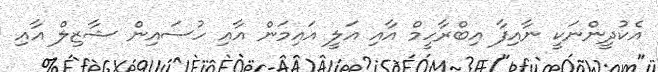
އެކުދީންނަކީ ނާއިފާ އިބްރާހީމް އާއި އަލީ އައިމަން އާއި ހުސައިން ޝާޒިލް އާއި